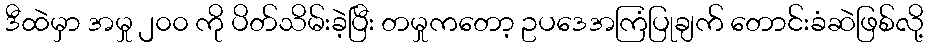
ဒီထဲမှာ အမှု ၂၀၀ ကို ပိတ်သိမ်းခဲ့ပြီး တမှုကတော့ ဥပဒေအကြံပြုချက် တောင်းခံဆဲဖြစ်လို့